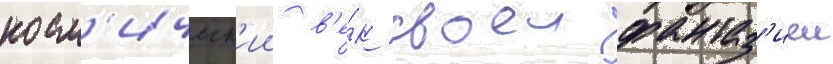
косм'ическ'ии в'е́к своеи фантаз'иеи